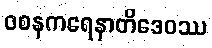
ဝစနကရေနာတိဒေဝဿ